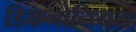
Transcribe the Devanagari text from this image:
डिकनोनियस